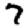
Digit: 7